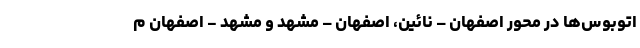
اتوبوس‌ها در محور اصفهان – نائین، اصفهان – مشهد و مشهد - اصفهان م